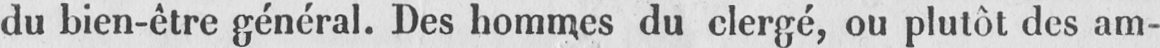
du bien-être général. Des hommes du clergé, ou plutôt des am-